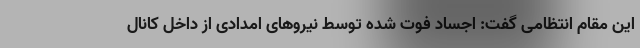
این مقام انتظامی گفت: اجساد فوت شده توسط نیرو‌های امدادی از داخل کانال